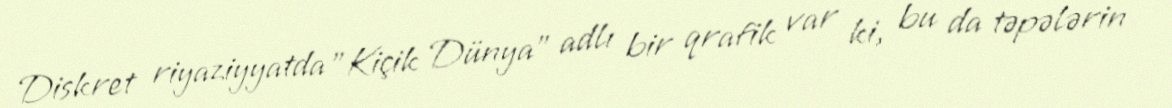
Diskret riyaziyyatda "Kiçik Dünya" adlı bir qrafik var ki, bu da təpələrin